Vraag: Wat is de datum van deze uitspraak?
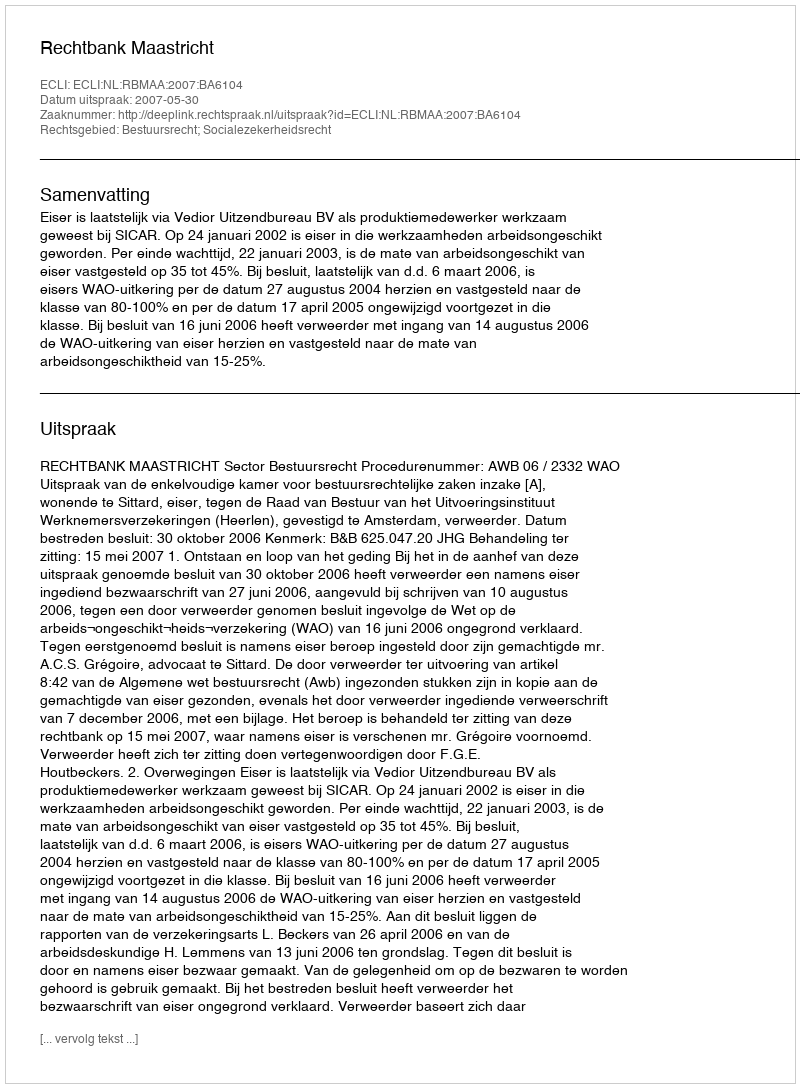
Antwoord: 2007-05-30